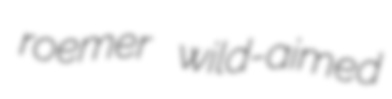
roemer wild-aimed